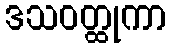
ဒသဝတ္ထုကာ